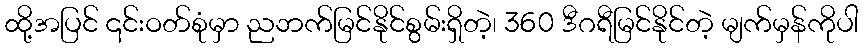
ထို့အပြင် ၎င်းဝတ်စုံမှာ ညဘက်မြင်နိုင်စွမ်းရှိတဲ့၊ 360 ဒီဂရီမြင်နိုင်တဲ့ မျက်မှန်ကိုပါ